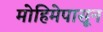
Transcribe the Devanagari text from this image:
मोहिमेपासून